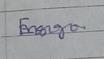
Signature authenticity: genuine